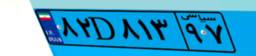
۸۲D۸۱۳۹۷